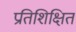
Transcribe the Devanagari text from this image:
प्रतिशिक्षित